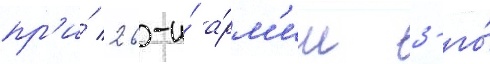
пр'и́ 26-и́ а́рм'ии 3-го́